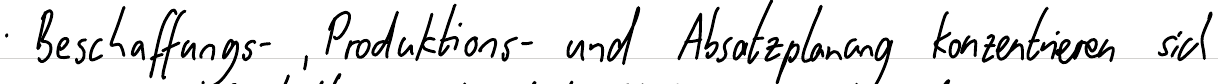
Beschaffungs- , Produktions- und Absatzplanung konzentrieren sich